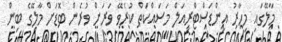
މާލޭގައި މިހާރު އިންޑަސްޓްރިއަލް މަސަައްކަތް ކުރެވޭ ވަރަށް ވުރެން ބޮޑަށް މާލޭގެ ބިން